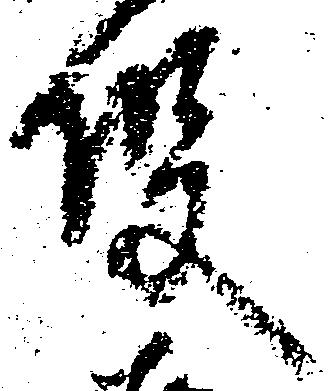
役